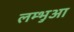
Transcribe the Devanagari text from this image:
लम्‍भुआ